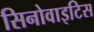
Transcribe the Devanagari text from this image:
सिनोवाइटिस